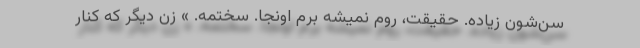
سن‌شون زیاده. حقیقت، روم نمیشه برم اونجا. سختمه. » زن دیگر که کنار